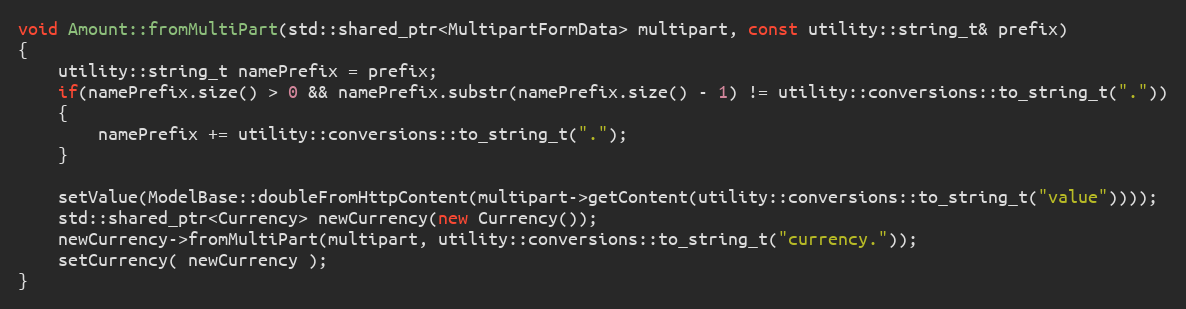
Language: C++
void Amount::fromMultiPart(std::shared_ptr<MultipartFormData> multipart, const utility::string_t& prefix)
{
    utility::string_t namePrefix = prefix;
    if(namePrefix.size() > 0 && namePrefix.substr(namePrefix.size() - 1) != utility::conversions::to_string_t("."))
    {
        namePrefix += utility::conversions::to_string_t(".");
    }

    setValue(ModelBase::doubleFromHttpContent(multipart->getContent(utility::conversions::to_string_t("value"))));
    std::shared_ptr<Currency> newCurrency(new Currency());
    newCurrency->fromMultiPart(multipart, utility::conversions::to_string_t("currency."));
    setCurrency( newCurrency );
}